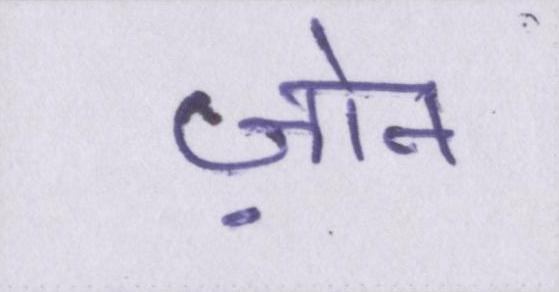
ज़ोन